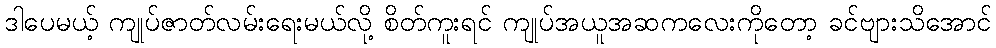
ဒါပေမယ့် ကျုပ်ဇာတ်လမ်းရေးမယ်လို့ စိတ်ကူးရင် ကျုပ်အယူအဆကလေးကိုတော့ ခင်ဗျားသိအောင်